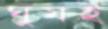
ঘুমই